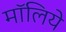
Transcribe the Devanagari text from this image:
मॉलिये